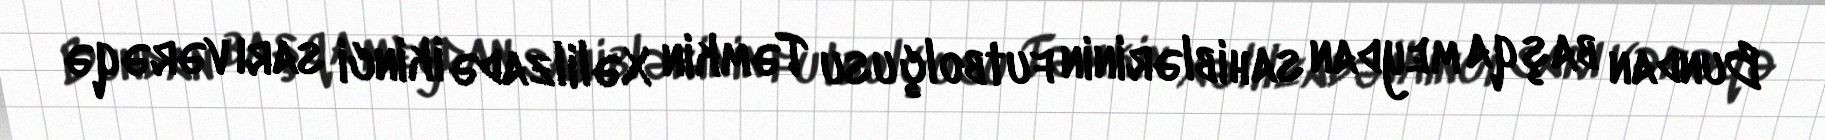
Bundan başqa meydan sahiblərinin futbolçusu Təmkin Xəlilzadə ikinci sarı vərəqə